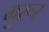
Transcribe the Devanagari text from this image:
गुरूर